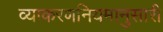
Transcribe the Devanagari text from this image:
व्याकरणनियमानुसारी